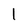
Character: l